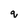
Character: q